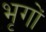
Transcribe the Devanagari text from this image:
भृगों